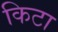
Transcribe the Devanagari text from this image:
किटा